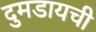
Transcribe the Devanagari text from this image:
दुमडायची